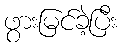
ဖွားမြင်ခဲ့ပြီး